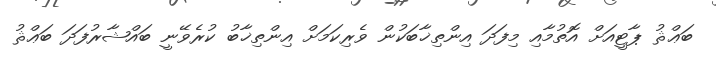
ބަޢްޘު ޕާޓީއަށް އޮތުމާއި މިފަދަ އިންތިޚާބަކުން ވެރިކަމަށް އިންތިޚާބު ކުރެވޭނީ ބައްޝާރުފަދަ ބަޢްޘު